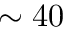
\sim 4 0